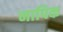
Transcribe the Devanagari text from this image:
नापिक